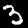
Digit: 3